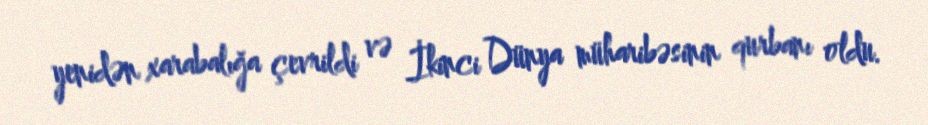
yenidən xarabalığa çevrildi və İkinci Dünya müharibəsinin qurbanı oldu.